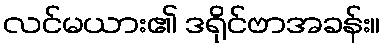
လင်မယား၏ ဒရိုင်ဗာအခန်း။